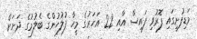
މަޑިފުށީގައި ފޮރުވި ފައިސާ އާއި 22 އަހަރުގެ މީހާ ފުލުހުންގެ ބެލުމުގެ ދަށަށް